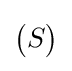
{\begin{pmatrix}S\end{pmatrix}}